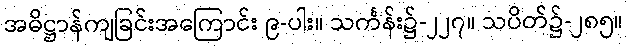
အဓိဋ္ဌာန်ကျခြင်းအကြောင်း ၉-ပါး။ သင်္ကန်း၌-၂၂၇။ သပိတ်၌-၂၈၅။